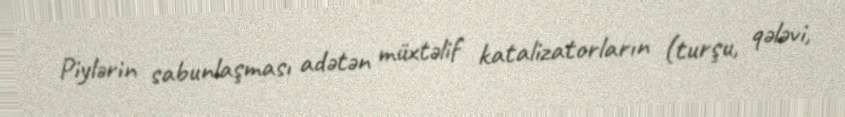
Piylərin sabunlaşması adətən müxtəlif katalizatorların (turşu, qələvi,